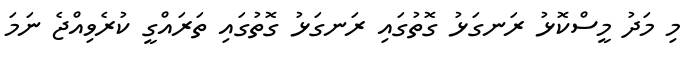
މި މަދު މީސްކޮޅު ރަނގަޅު ގޮތުގައި ރަނގަޅު ގޮތުގައި ތަރައްގީ ކުރެވިއްޖެ ނަމަ